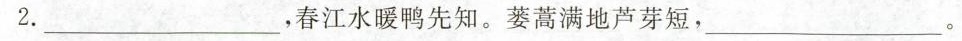
2.___，春江水暖鸭先知。蒌蒿满地芦芽短，___。